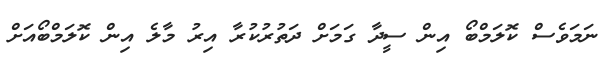
ނަމަވެސް ކޮލަމްބޯ އިން ސީދާ ގަމަށް ދަތުރުކުރާ އިރު މާލެ އިން ކޮލަމްބޯއަށް